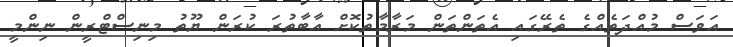
އަވަސް މުއްދަތެއްގެ ތެރޭގައި އެތަންތަން މަރާމާތުކޮށް އާބާތުރަ ކުރަން ޔޫތު މިނިސްޓްރީން ނިންމީ